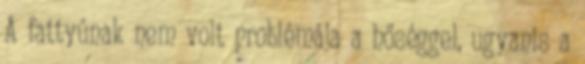
A fattyúnak nem volt problémája a hőséggel, ugyanis a